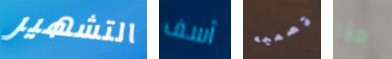
التشهير آسف تصميمه هذا